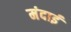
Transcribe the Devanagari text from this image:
मंदाई